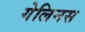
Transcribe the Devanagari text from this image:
गेलिनस